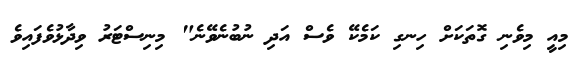
މިއީ މިވެނި ގޮތަކަށް ހިނގި ކަމެކޭ ވެސް އަދި ނުބުނެވޭނެ" މިނިސްޓަރު ވިދާޅުވެފައިވެ